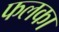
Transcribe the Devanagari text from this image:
फलका